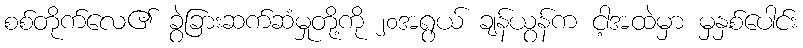
စစ်တိုက်လေ၏ ခွဲခြားဆက်ဆံမှုတို့ကို ၂၀အရွယ် ချန်ယွန်က ငါ့အထဲမှာ မှနှစ်ပေါင်း